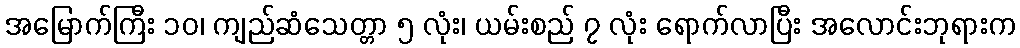
အမြောက်ကြီး ၁၀၊ ကျည်ဆံသေတ္တာ ၅ လုံး၊ ယမ်းစည် ၇ လုံး ရောက်လာပြီး အလောင်းဘုရားက